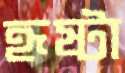
হৃষ্টা